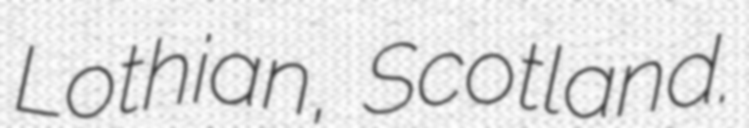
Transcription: Lothian, Scotland.